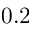
0 . 2